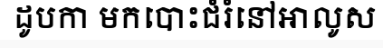
ដូបកា មកបោះជំរំនៅអាលូស